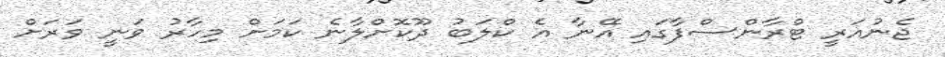
ޖެނުއަރީ ޓްރާންސްފާގައި އޭނާ އެ ކްލަބު ދޫކޮށްލާނެ ކަމަށް މިހާރު ވަނީ ވަރަށް